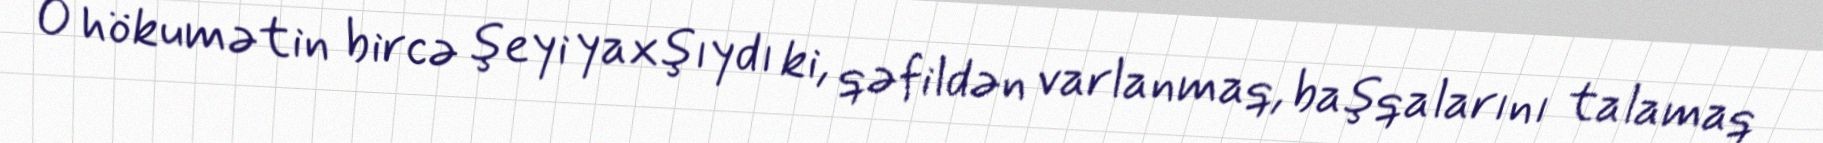
O hökumətin bircə şeyi yaxşıydı ki, qəfildən varlanmaq, başqalarını talamaq